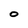
Character: 0